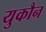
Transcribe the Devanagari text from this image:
युकौन